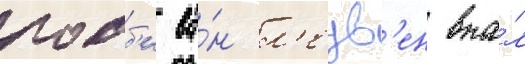
робб'и ва́н л'еув'ен впа́л